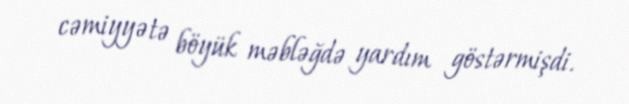
cəmiyyətə böyük məbləğdə yardım göstərmişdi.